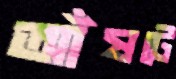
আঁষটে